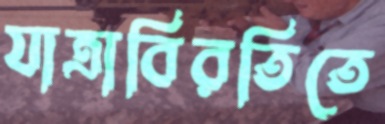
যাত্রাবিরতিতে